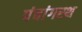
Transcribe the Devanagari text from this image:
पंचांगस्थ